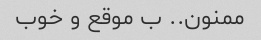
ممنون.. ب موقع و خوب